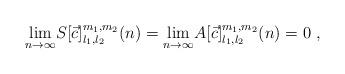
LaTeX: \begin{align*} \displaystyle{\lim_{n\to\infty}}S[\vec c]_{l_1,l_2}^{m_1,m_2}(n)= \displaystyle{\lim_{n\to\infty}}A[\vec c]_{l_1,l_2}^{m_1,m_2}(n) = 0 \ , \end{align*}